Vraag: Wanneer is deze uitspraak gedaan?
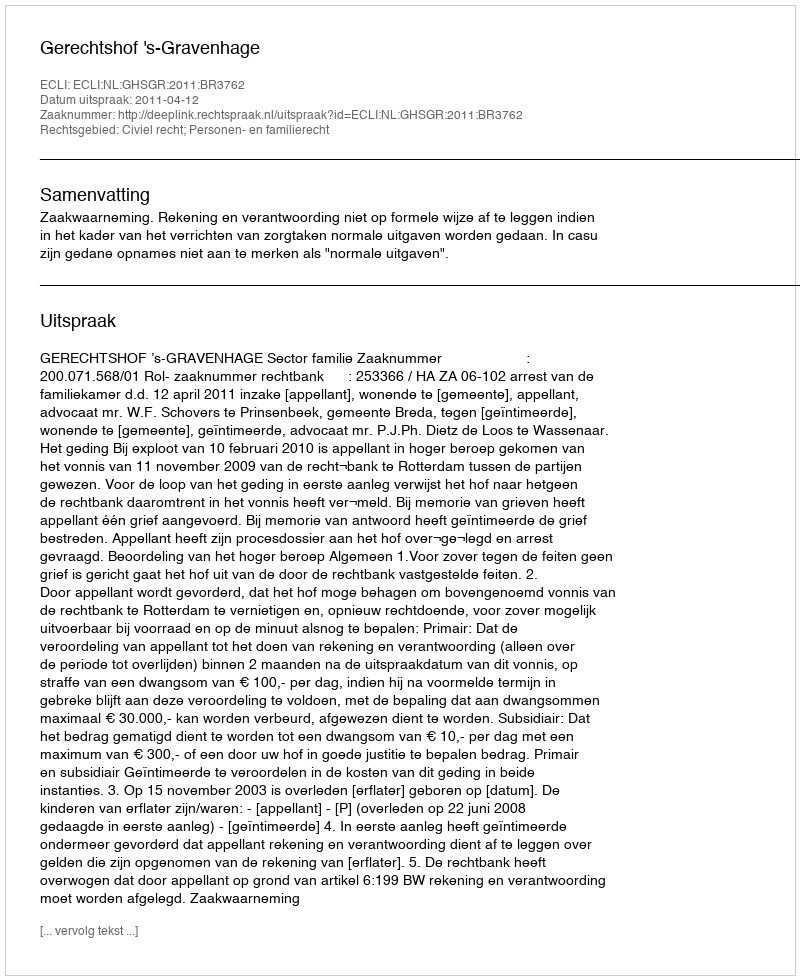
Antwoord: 2011-04-12